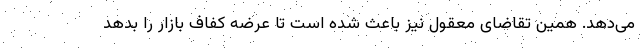
می‌دهد. همین تقاضای معقول نیز باعث شده است تا عرضه کفاف بازار را بدهد